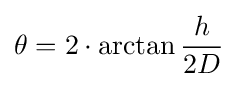
\theta =2\cdot \arctan {\frac {h}{2D}}